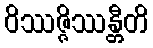
ဝိဿဇ္ဇိဿန္တီတိ